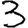
Digit: 3